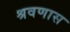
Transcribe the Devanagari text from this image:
श्रवणास